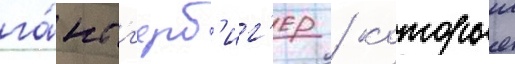
га́нс г'ерб'иг'ер / которыи